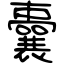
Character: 囊